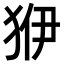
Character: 𤝳